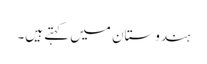
ہندوستان میں کہتے ہیں۔